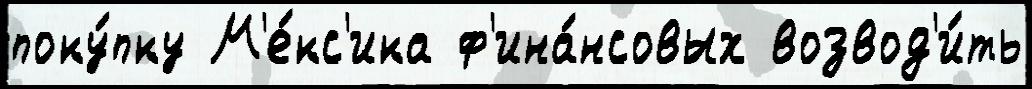
поку́пку М'е́кс'ика ф'ина́нсовых возвод'и́ть